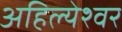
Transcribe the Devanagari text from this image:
अहिल्येश्वर